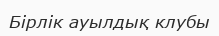
Бірлік ауылдық клубы